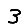
Digit: 3